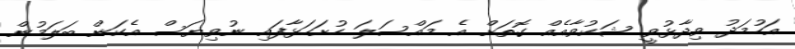
އަހުމަދު ވިދާޅުވީ ޝަކުވާއެއް ގޮތަށް އެ މައްސަލަ ހުށަހަޅާފައި ނުވިޔަސް އެކަން ބަލަމުން